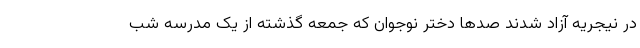
در نیجریه آزاد شدند صدها دختر نوجوان که جمعه گذشته از یک مدرسه شب